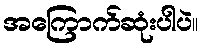
အကြောက်ဆုံးပါပဲ။